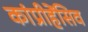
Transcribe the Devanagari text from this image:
कांप्रीहेंसिव